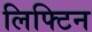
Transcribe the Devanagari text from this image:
लिफ्टिन